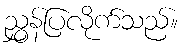
ညွှန်ပြလိုက်သည်။